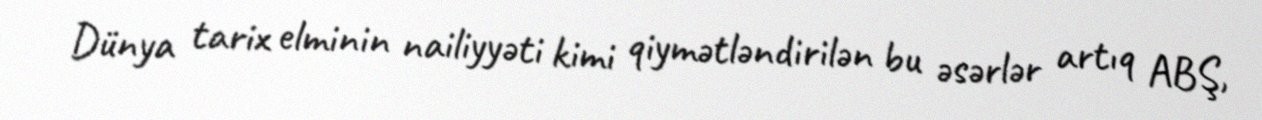
Dünya tarix elminin nailiyyəti kimi qiymətləndirilən bu əsərlər artıq ABŞ,